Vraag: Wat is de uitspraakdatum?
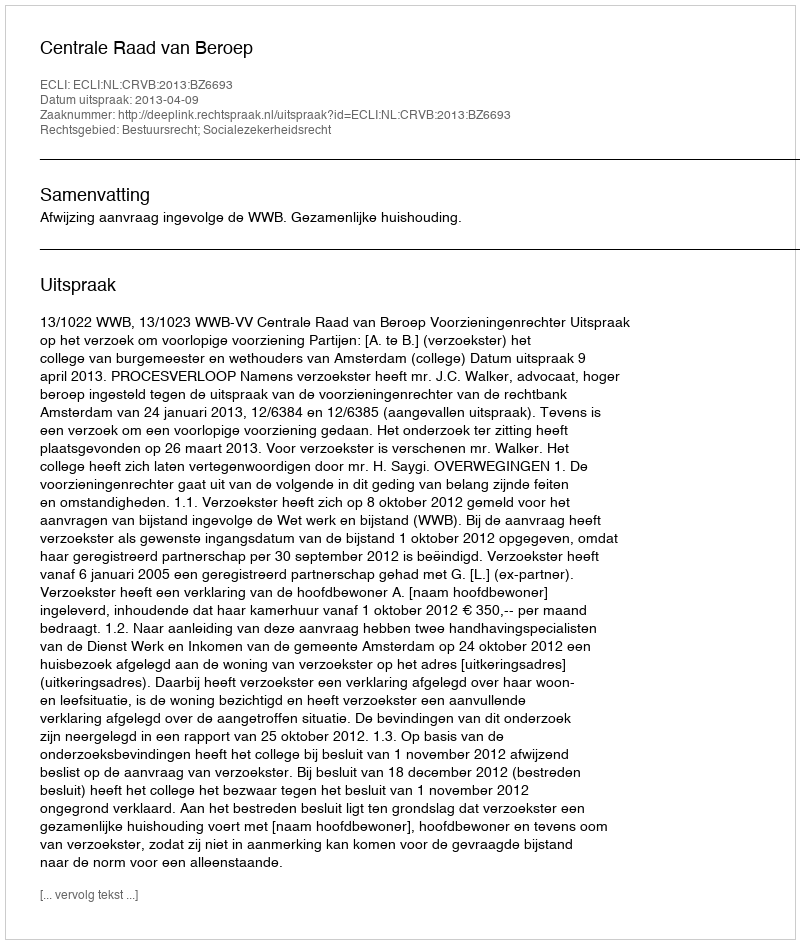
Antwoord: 2013-04-09